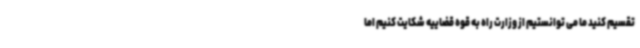
تقسیم کنید ما می توانستیم از وزارت راه به قوه قضاییه شکایت کنیم اما